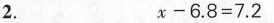
2. $$x - 6 . 8 = 7 . 2$$